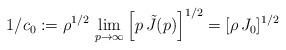
LaTeX: \begin{align*}1/c_0 := \rho^{1/2}\,\lim_{p\rightarrow \infty} \left[p\, \tilde{J}(p)\right]^{1/2} = [\rho\, J_0]^{1/2}\end{align*}